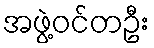
အဖွဲ့ဝင်တဦး